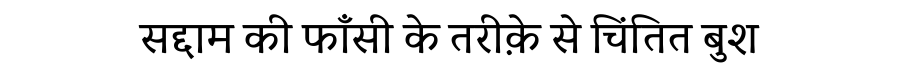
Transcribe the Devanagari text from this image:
सद्दाम की फाँसी के तरीक़े से चिंतित बुश